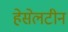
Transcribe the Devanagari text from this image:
हेसेलटीन